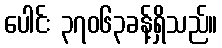
ပေါင်း ၃၇၀၆၃ခန့်ရှိသည်။